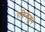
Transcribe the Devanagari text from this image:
एकिकडून